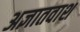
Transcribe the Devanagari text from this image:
अज्ञातवाश